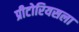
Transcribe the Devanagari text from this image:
प्रीटोरियसला